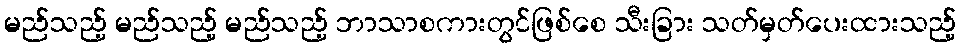
မည်သည့် မည်သည့် မည်သည့် ဘာသာစကားတွင်ဖြစ်စေ သီးခြား သတ်မှတ်ပေးထားသည့်